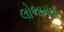
લોભામળા